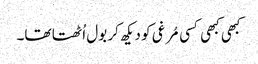
کبھی کبھی کسی مُرغی کو دیکھ کر بول اُٹھتا تھا۔